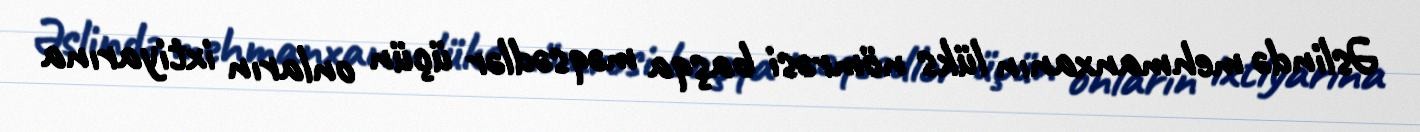
Əslində mehmanxanın lüks nömrəsi başqa məqsədlər üçün onların ixtiyarına